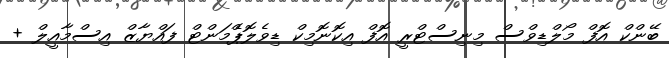
ބޭންކް އޮފް މޯލްޑިވްސް މިނިސްޓްރީ އޮފް އިކޮނޮމިކް ޑިވެލޮޕްެމަންޓް ފައްޔާޒް އިސްމާއީލް +